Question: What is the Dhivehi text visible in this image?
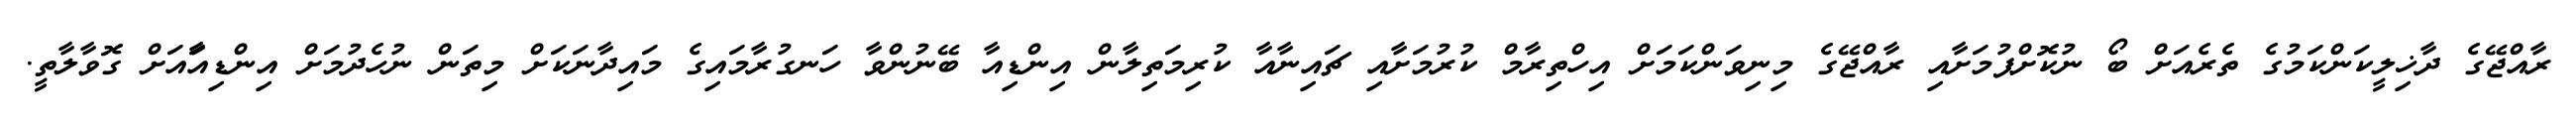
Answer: ރާއްޖޭގެ ދާޚިލީކަންކަމުގެ ތެރެއަށް ބޯ ނުކޮށްޕުމަށާއި ރާއްޖޭގެ މިނިވަންކަމަށް އިހްތިރާމް ކުރުމަށާއި ޗައިނާއާ ކުރިމަތިލާން އިންޑިއާ ބޭނުންވާ ހަނގުރާމައިގެ މައިދާނަކަށް މިތަން ނުހެދުމަށް އިންޑިއާައަށް ގޮވާލާތީ.